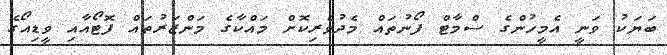
ބަޔަކު ވަނީ އެމީހުންގެ ސްމާޓް ފޯނުތައް މެދުވެރިކޮށް މައްކާގެ މަންޒަރުތައް ފޮޓޯއާއި ވީޑިއޯގެ